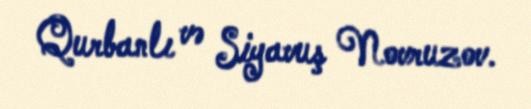
Qurbanlı və Siyavuş Novruzov.